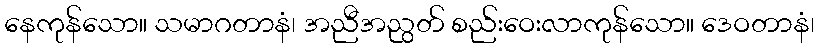
နေကုန်သော။ သမာဂတာနံ၊ အညီအညွတ် စည်းဝေးလာကုန်သော။ ဒေဝတာနံ၊